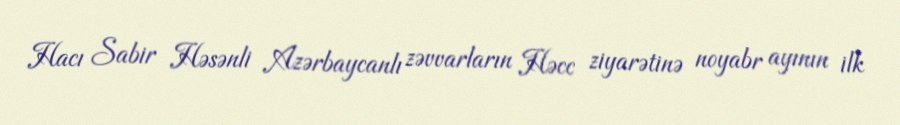
Hacı Sabir Həsənli Azərbaycanlı zəvvarların Həcc ziyarətinə noyabr ayının ilk